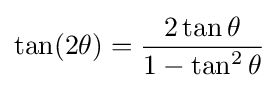
\tan(2\theta )={\frac {2\tan \theta }{1-\tan ^{2}\theta }}